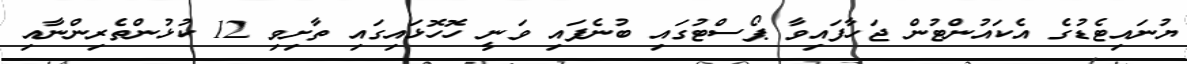
ޔުނައިޓެޑުގެ އެކައުންޓުން ޖަހާފައިވާ ޕޯސްޓުގައި ބުނެފައި ވަނީ ހޮހޮޅައިގައި ތާށިވި 12 ކުޅުންތެރިންނާއި